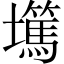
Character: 𡓞